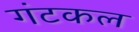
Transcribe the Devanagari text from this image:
गंटकल